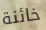
خائنة